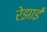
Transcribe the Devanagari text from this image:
रेझाई